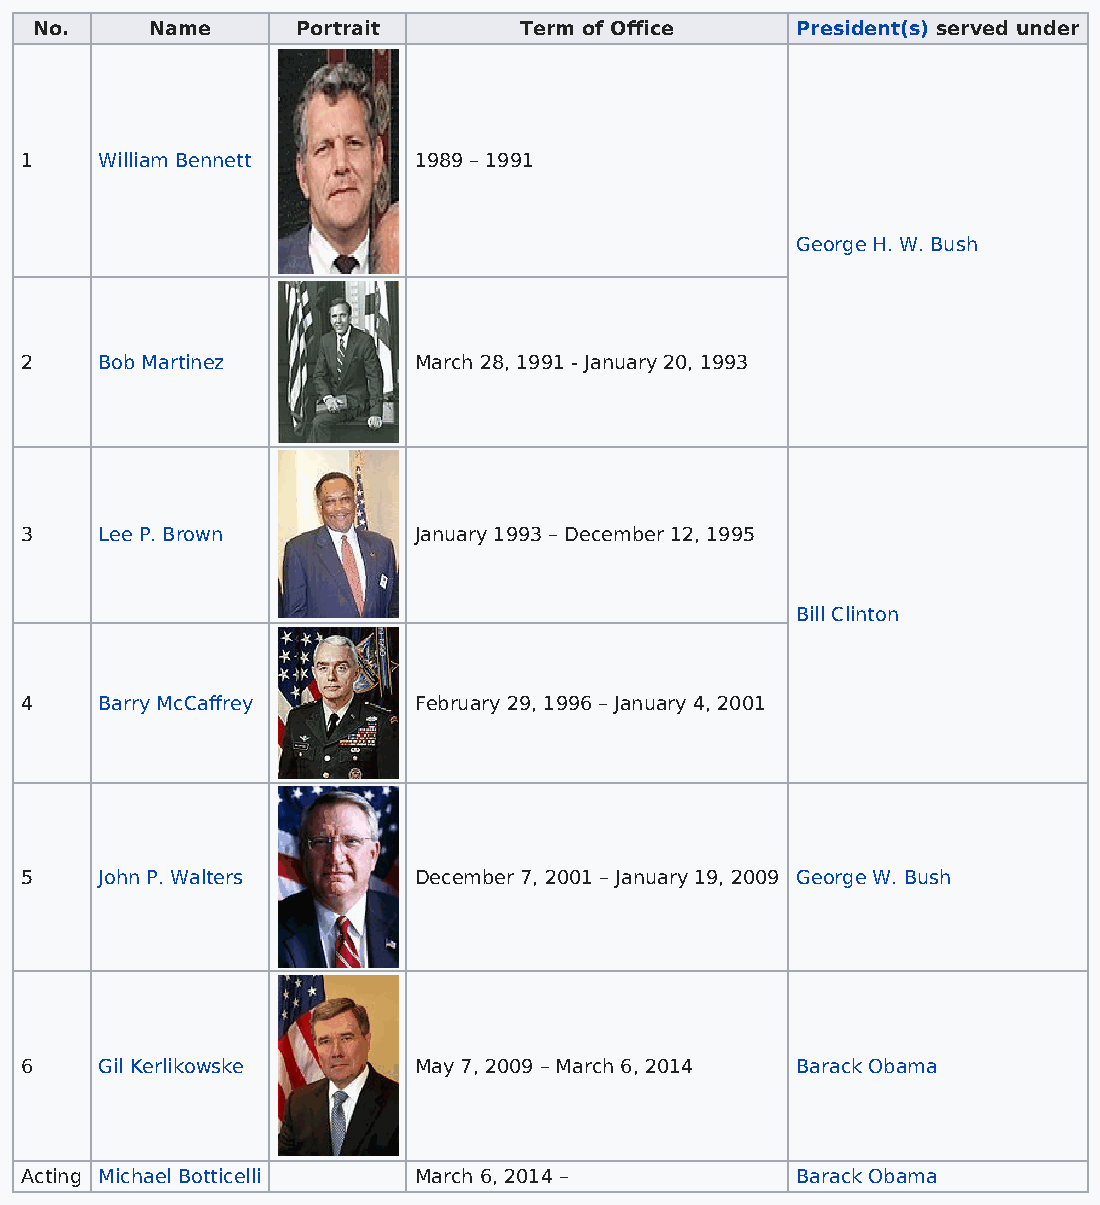
No.     Name      Portrait      Term of Office     President(s) served under
 1     William Bennett     1989 – 1991
 George H. W. Bush
 2     Bob Martinez        March 28, 1991 - January 20, 1993
 3     Lee P. Brown        January 1993 – December 12, 1995
 Bill Clinton
 4     Barry McCaffrey     February 29, 1996 – January 4, 2001
 5     John P. Walters     December 7, 2001 – January 19, 2009 George W. Bush
 6     Gil Kerlikowske     May 7, 2009 – March 6, 2014 Barack Obama
 Acting Michael Botticelli March 6, 2014 –           Barack Obama